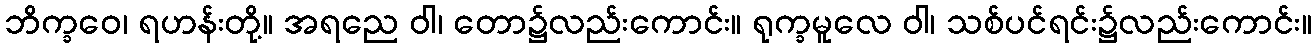
ဘိက္ခဝေ၊ ရဟန်းတို့။ အရညေ ဝါ၊ တော၌လည်းကောင်း။ ရုက္ခမူလေ ဝါ၊ သစ်ပင်ရင်း၌လည်းကောင်း။